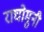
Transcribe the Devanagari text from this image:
राघोमुनी